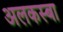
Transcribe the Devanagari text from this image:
अलकस्बा